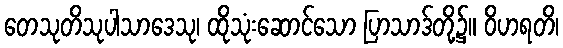
တေသုတိသုပါသာဒေသု၊ ထိုသုံးဆောင်သော ပြာသာဒ်တို့၌။ ဝိဟရတိ၊